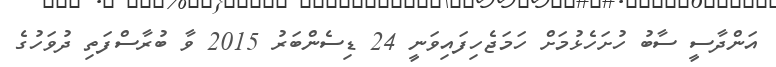
އަންދާސީ ސާބު ހުށަހެޅުމަށް ހަމަޖެހިފައިވަނީ 24 ޑިސެންބަރު 2015 ވާ ބުރާސްފަތި ދުވަހުގެ